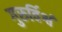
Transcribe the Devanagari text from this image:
गुरुर्विश्वं